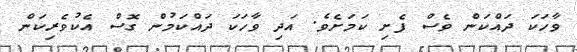
ވާހަކަ ދައްކަން ވެސް ފެށި ކަމަށެވެ. އަދި ވާހަކަ ދައްކަމުން ގޮސް އެކުވެރިކަން